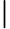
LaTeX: \boldsymbol{\vert}